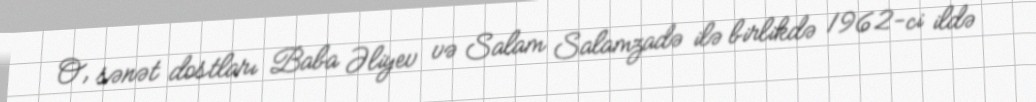
O, sənət dostları Baba Əliyev və Salam Salamzadə ilə birlikdə 1962-ci ildə